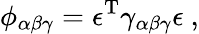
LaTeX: \phi_{\alpha\beta\gamma}=\epsilon^{\mathrm{T}}\gamma_{\alpha\beta\gamma}\epsilon~,